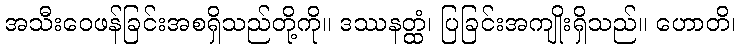
အသီးဝေဖန်ခြင်းအစရှိသည်တို့ကို။ ဒဿနတ္ထံ၊ ပြခြင်းအကျိုးရှိသည်။ ဟောတိ၊